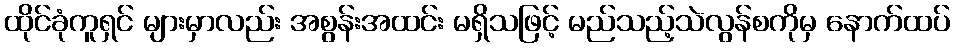
ထိုင်ခုံကူရှင် များမှာလည်း အစွန်းအထင်း မရှိသဖြင့် မည်သည့်သဲလွန်စကိုမှ နောက်ထပ်